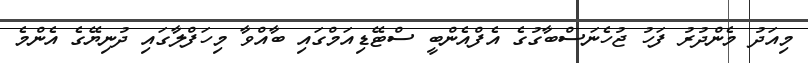
މިއަދު މެންދުރު ފަހު ޖުހެނަސްބާގުގެ އެފްއެންބީ ސްޓޭޑިއަމްގައި ބާއްވާ މިހަފްލާގައި ދުނިޔޭގެ އެންމެ